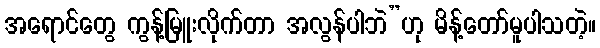
အရောင်တွေ ကွန့်မြူးလိုက်တာ အလွန်ပါဘဲ”ဟု မိန့်တော်မူပါသတဲ့။